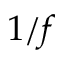
1 / f